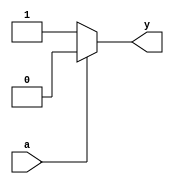
module not_gate(
    input wire a,
    output reg y
);
  
always @(*)
begin
    if(a == 1'b0)
        y = 1'b1;
    else
        y = 1'b0;
end

endmodule